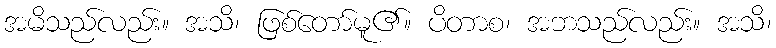
အမိသည်လည်း။ အသိ၊ ဖြစ်တော်မူ၏။ ပိတာစ၊ အဘသည်လည်း။ အသိ၊